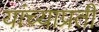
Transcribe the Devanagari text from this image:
यांच्याप्रती